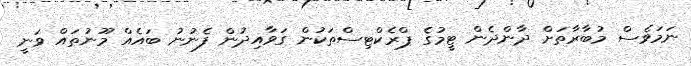
ނަމަވެސް މުބާރާތަށް ދާންދެން ޓީމުގެ ޕްރެކްޓިސްތަކުން ގަވާއިދުން ފެނުނު ބައެއް މޫނުތައް ވަނީ